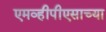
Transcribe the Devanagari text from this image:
एमव्हीपीएसाच्या